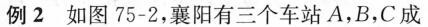
例2 如图75-2，襄阳有三个车站A，B，C成